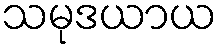
သမုဒယာယ